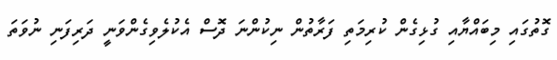
ގޮތުގައި މިބައްޔާއި ގުޅިގެން ކުރިމަތި ފަރާތުން ނިކުންނަ ދޮސް އެކުލެވިގެންވަނީ ދަރިފަނި ނުވަތަ